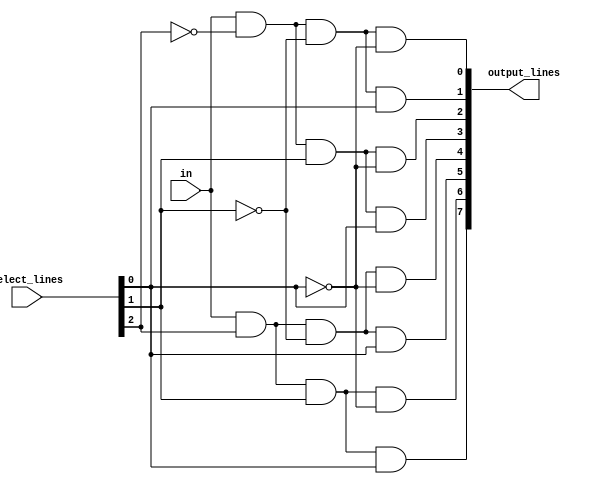
module demultiplexer_1_to_8(in, select_lines, output_lines);
    input in; // 1-bit vector for input
    input[2:0] select_lines; // 3-bit vector for select lines
    
    output[7:0] output_lines;  // 8-bit vector for output lines

    //In DEMUX, If we just used case statement and made specific output lines connected to input BASED on the values of select lines, the other lines would be neither 1 nor 0, when they are not connected to input.
    
    assign output_lines[0] = in & ~(select_lines[2]) & ~(select_lines[1]) & ~(select_lines[0]),
           output_lines[1] = in & ~(select_lines[2]) & ~(select_lines[1]) & (select_lines[0]), 
           output_lines[2] = in & ~(select_lines[2]) & (select_lines[1]) & ~(select_lines[0]),
           output_lines[3] = in & ~(select_lines[2]) & (select_lines[1]) & (select_lines[0]),
           output_lines[4] = in & (select_lines[2]) & ~(select_lines[1]) & ~(select_lines[0]),
           output_lines[5] = in & (select_lines[2]) & ~(select_lines[1]) & (select_lines[0]),
           output_lines[6] = in & (select_lines[2]) & (select_lines[1]) & ~(select_lines[0]),
           output_lines[7] = in & (select_lines[2]) & (select_lines[1]) & (select_lines[0]);
endmodule

module demuxtest_1_to_8;
    reg in;
    reg[2:0] select_lines;
    wire[7:0] output_lines;
    demultiplexer_1_to_8 wire_driver(in, select_lines, output_lines);
    
    initial begin
          
          in = 1; 
          select_lines = 3'b000;
      #20 select_lines = 3'b001;
      #20 select_lines = 3'b010;
      #20 select_lines = 3'b011;
      #20 select_lines = 3'b100;
      #20 select_lines = 3'b101;
      #20 select_lines = 3'b110;
      #20 select_lines = 3'b111;
      #20 $finish;
    end
      
endmodule